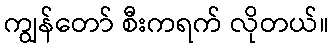
ကျွန်တော် စီးကရက် လိုတယ်။